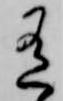
有